Civil Veterinary Dept. Bombay admin report 1900-1906 - 1900-1906
Year: 1900
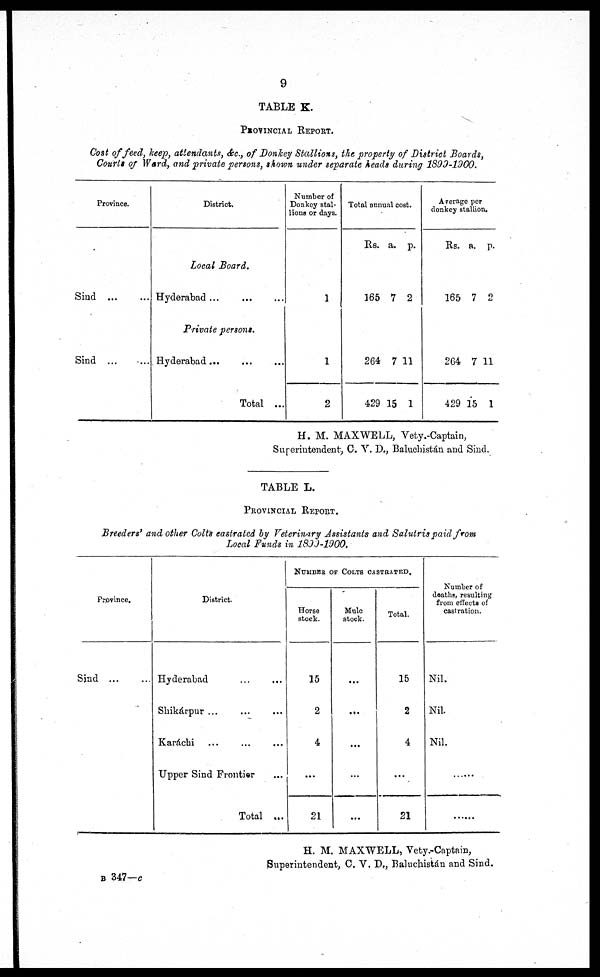
9
TABLE K.
PROVINCIAL REPORT.
Cost of feed, keep, attendants, &c., of Donkey Stallions, the property of District Boards,
Courts of Ward, and private persons, shown under separate heads during 1899-1900.
Province.
Sind
...
...
Sind ... ...
District.
Local Board.
Hyderabad .. ... ....
Private persons.
Hyderabad...
Total ...
Number of
Donkey stal-
lions or days.
1
1
2
Total annual cost.
Rs.
165
264
429
a.
7
7
15
p.
2
11
1
Average per
donkey stallion.
Rs.
165
264
429
a.
7
7
15
p.
2
11
1
H. M. MAXWELL, Vety.-Captain,
Superintendent, C. V. D., Baluchistán and Sind.
TABLE L.
PROVINCIAL REPORT.
Breeders' and other Colts castrated by Veterinary Assistants and Salutris paid from
Local Funds in 1899-1900.
Province.
Sind ... ...
District.
Hyderabad ... ...
Shikárpur ... ... ...
Karáchi ... ... ...
Upper Sind Frontier ...
Total ...
NUMBER OF COLTS CASTRATED.
Horse
stock.
15
2
4
...
21
Mule
stock.
...
...
...
...
...
Total.
15
2
4
...
21
Number of
deaths, resulting
from effects of
castration.
Nil.
Nil.
Nil.
......
......
H. M. MAXWELL, Vety .-Captain,
Superintendent, C. V.D., Baluchistán and Sind.
B 347— c